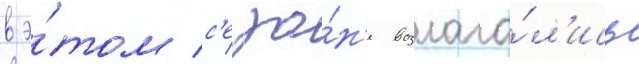
в э́том с'езо́н'е возлага́л'ись